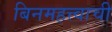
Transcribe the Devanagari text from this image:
बिनमहत्त्वाची